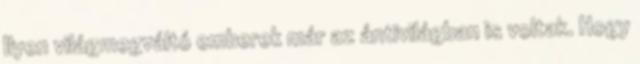
Ilyen világmegváltó emberek már az ántivilágban is voltak. Hogy